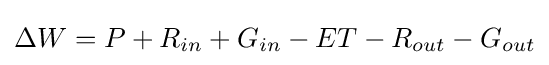
\Delta W=P+R_{in}+G_{in}-ET-R_{out}-G_{out}